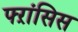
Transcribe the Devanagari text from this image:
फ्ऱांसिस